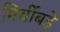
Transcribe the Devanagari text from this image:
मिर्चीबड़े